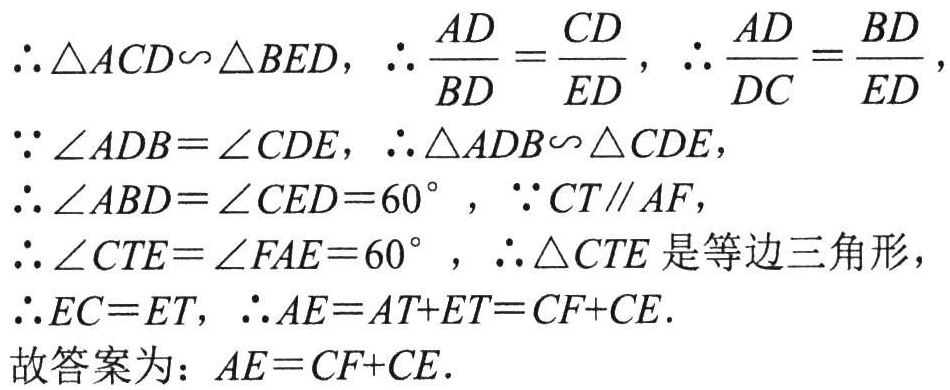
\(\because \triangle ACD\sim \triangle BED, \therefore \frac{AD}{BD}=\frac{CD}{ED}, \therefore \frac{AD}{DC}=\frac{BD}{ED},\)

\(\because \angle ADB = \angle CDE, \therefore \triangle ADB\sim \triangle CDE,\)

\(\therefore \angle ABD=\angle CED = 60^{\circ}, \because CT\parallel AF,\)

\(\therefore \angle CTE=\angle FAE = 60^{\circ}, \therefore \triangle CTE\)是等边三角形，

\(\therefore EC = ET, \therefore AE=AT + ET=CF + CE.\)

故答案为：\(AE = CF + CE.\)